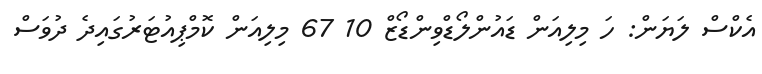
އެކްސް ލަޔަން: ހަ މިލިއަން ޑައުންލޯޑްވިންޑޯޒް 10 67 މިލިއަން ކޮމްޕިއުޓަރުގައިދެ ދުވަސް